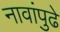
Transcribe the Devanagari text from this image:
नावांपुढे